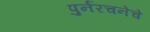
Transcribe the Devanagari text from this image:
पुर्नरचनेचे